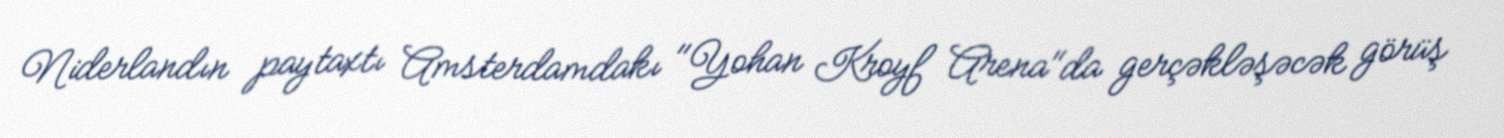
Niderlandın paytaxtı Amsterdamdakı "Yohan Kroyf Arena"da gerçəkləşəcək görüş